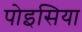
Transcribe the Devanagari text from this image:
पोइसिया